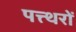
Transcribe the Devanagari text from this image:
पत्त्थरों